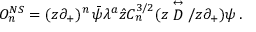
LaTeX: { \cal O } _ { n } ^ { N S } = ( z \partial _ { + } ) ^ { n } \, \bar { \psi } \lambda ^ { a } \hat { z } C _ { n } ^ { 3 / 2 } ( z \stackrel { \leftrightarrow } { D } / z \partial _ { + } ) \psi \, .